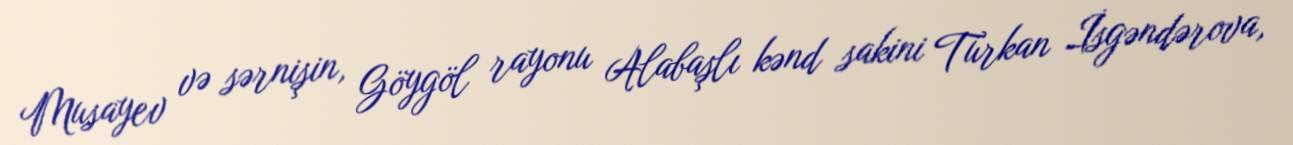
Musayev və sərnişin, Göygöl rayonu Alabaşlı kənd sakini Türkan İsgəndərova,